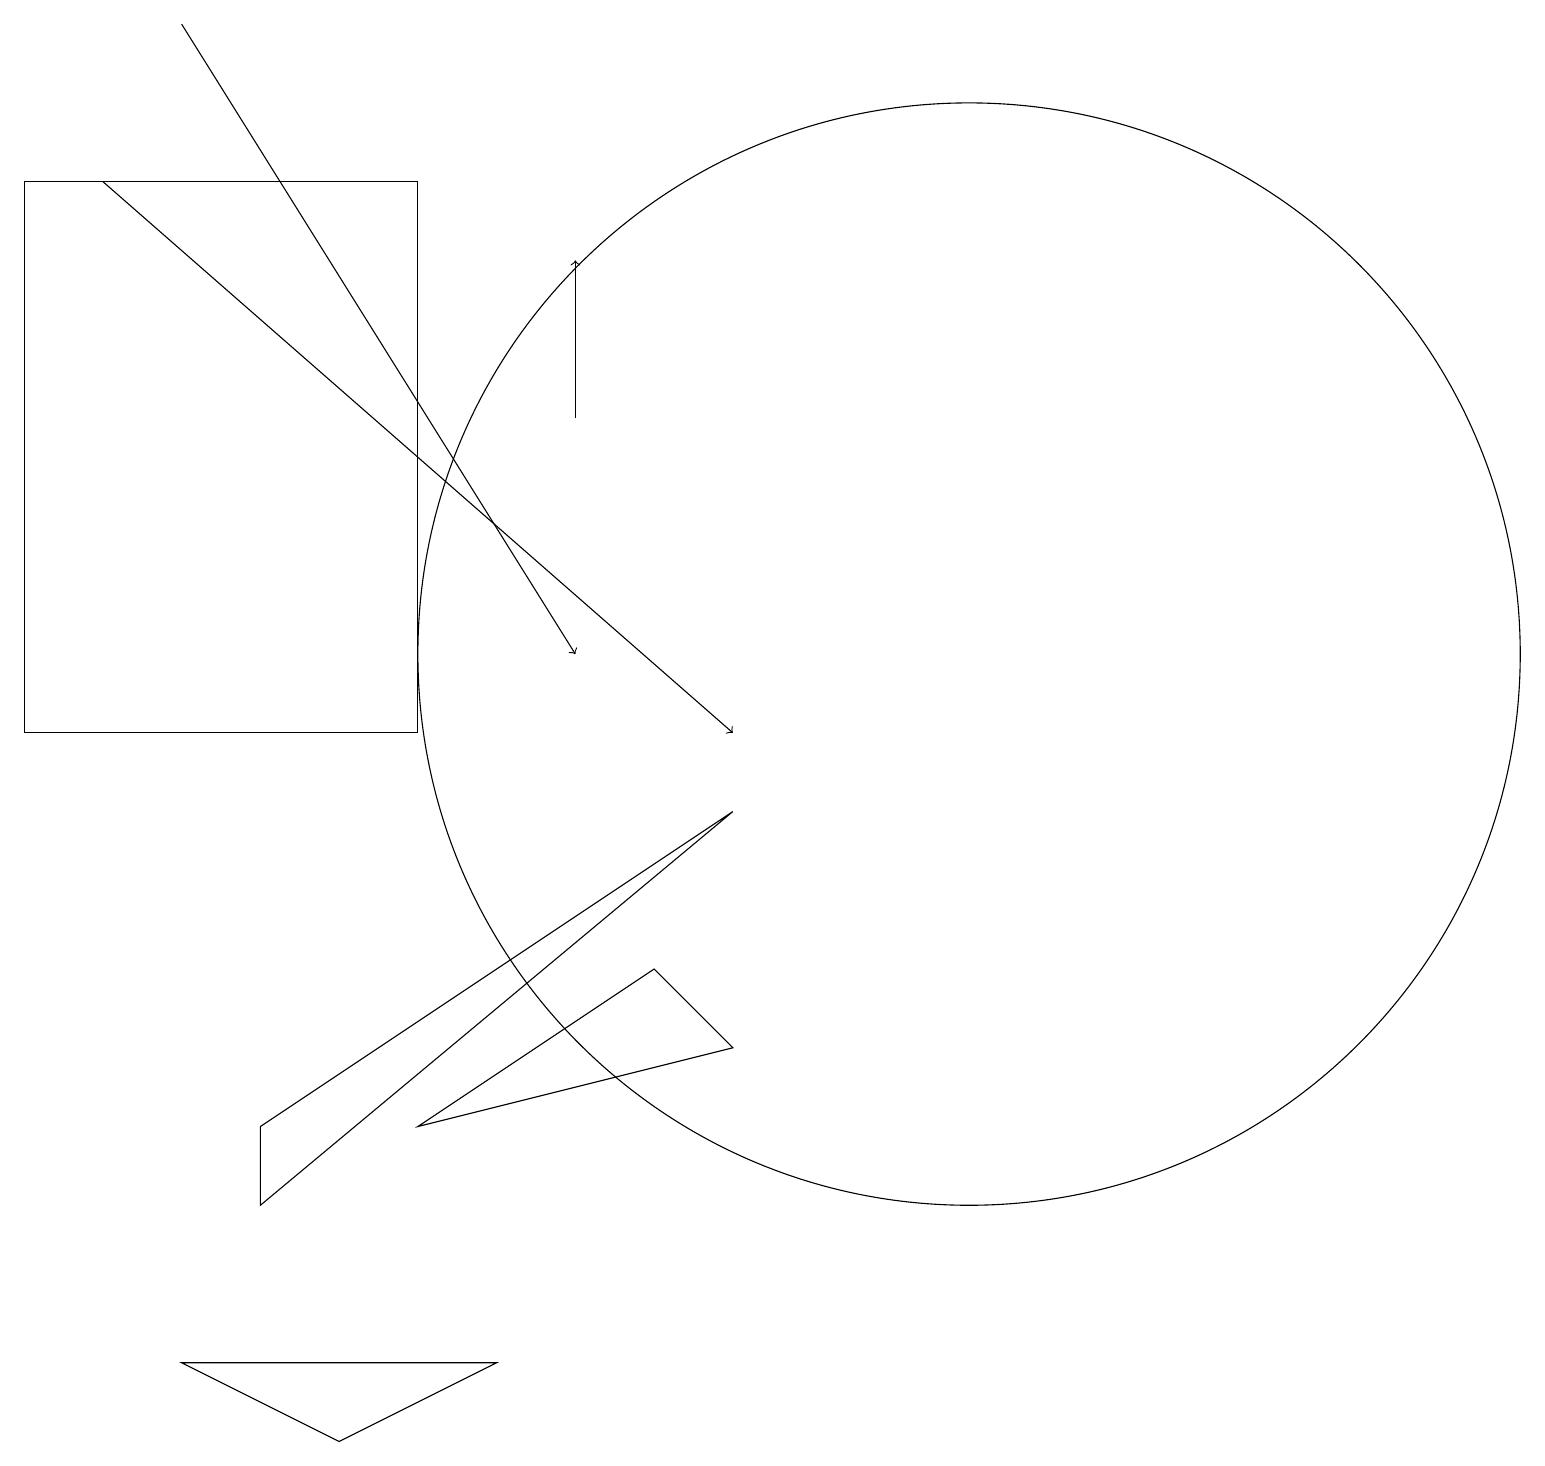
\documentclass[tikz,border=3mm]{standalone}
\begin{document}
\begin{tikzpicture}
\draw (2,2) -- (4,1) -- (6,2) -- cycle;
\draw (3,4) -- (3,5) -- (9,9) -- cycle;
\draw[->] (2,19) -- (7,11);
\draw[->] (7,14) -- (7,16);
\draw[->] (1,17) -- (9,10);
\draw (8,7) -- (9,6) -- (5,5) -- cycle;
\draw (12,11) circle (7);
\draw (5,17) rectangle (0,10);
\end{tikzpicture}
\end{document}